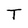
Character: T